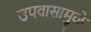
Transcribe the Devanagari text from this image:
उपवासामुळे